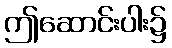
ဤဆောင်းပါး၌